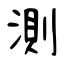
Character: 測